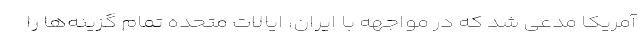
آمریکا مدعی شد که در مواجهه با ایران، ایالات متحده تمام گزینه‌ها را